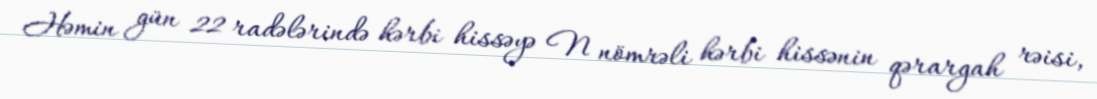
Həmin gün 22 radələrində hərbi hissəyə N nömrəli hərbi hissənin qərargah rəisi,